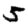
Digit: 5